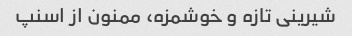
شیرینی تازه و خوشمزه، ممنون از اسنپ